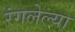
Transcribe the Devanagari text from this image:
रंगलेल्या